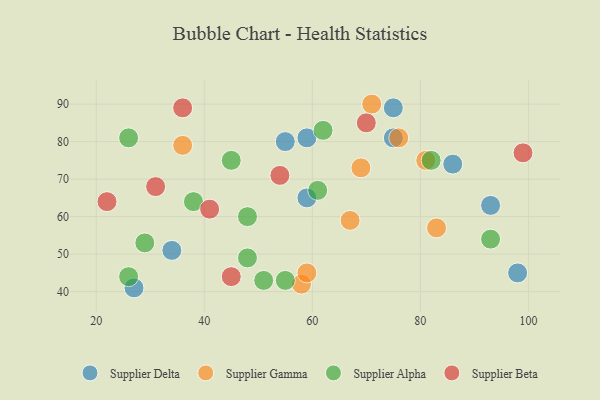
{"axis": {"x": "GDP", "y": "Life Expectancy"}, "legend": ["Supplier Alpha", "Supplier Beta", "Supplier Delta", "Supplier Gamma"], "data": [{"x": "86", "y": 74, "type": "Supplier Delta"}, {"x": "75", "y": 89, "type": "Supplier Delta"}, {"x": "93", "y": 63, "type": "Supplier Delta"}, {"x": "75", "y": 81, "type": "Supplier Delta"}, {"x": "55", "y": 80, "type": "Supplier Delta"}, {"x": "59", "y": 81, "type": "Supplier Delta"}, {"x": "34", "y": 51, "type": "Supplier Delta"}, {"x": "98", "y": 45, "type": "Supplier Delta"}, {"x": "27", "y": 41, "type": "Supplier Delta"}, {"x": "59", "y": 65, "type": "Supplier Delta"}, {"x": "76", "y": 81, "type": "Supplier Gamma"}, {"x": "71", "y": 90, "type": "Supplier Gamma"}, {"x": "83", "y": 57, "type": "Supplier Gamma"}, {"x": "81", "y": 75, "type": "Supplier Gamma"}, {"x": "69", "y": 73, "type": "Supplier Gamma"}, {"x": "67", "y": 59, "type": "Supplier Gamma"}, {"x": "58", "y": 42, "type": "Supplier Gamma"}, {"x": "36", "y": 79, "type": "Supplier Gamma"}, {"x": "59", "y": 45, "type": "Supplier Gamma"}, {"x": "48", "y": 60, "type": "Supplier Alpha"}, {"x": "26", "y": 44, "type": "Supplier Alpha"}, {"x": "93", "y": 54, "type": "Supplier Alpha"}, {"x": "82", "y": 75, "type": "Supplier Alpha"}, {"x": "62", "y": 83, "type": "Supplier Alpha"}, {"x": "38", "y": 64, "type": "Supplier Alpha"}, {"x": "48", "y": 49, "type": "Supplier Alpha"}, {"x": "26", "y": 81, "type": "Supplier Alpha"}, {"x": "55", "y": 43, "type": "Supplier Alpha"}, {"x": "29", "y": 53, "type": "Supplier Alpha"}, {"x": "51", "y": 43, "type": "Supplier Alpha"}, {"x": "45", "y": 75, "type": "Supplier Alpha"}, {"x": "61", "y": 67, "type": "Supplier Alpha"}, {"x": "54", "y": 71, "type": "Supplier Beta"}, {"x": "31", "y": 68, "type": "Supplier Beta"}, {"x": "22", "y": 64, "type": "Supplier Beta"}, {"x": "99", "y": 77, "type": "Supplier Beta"}, {"x": "36", "y": 89, "type": "Supplier Beta"}, {"x": "70", "y": 85, "type": "Supplier Beta"}, {"x": "41", "y": 62, "type": "Supplier Beta"}, {"x": "45", "y": 44, "type": "Supplier Beta"}]}